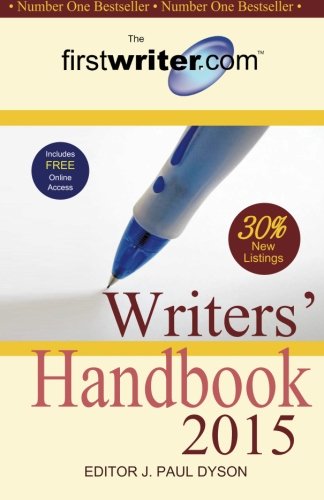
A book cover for Writers' Handbook 2015; Reference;